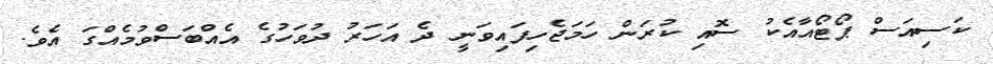
ކަސިއަސް ޕޯޓޯއާއެކު ސޮއި ކުރަން ހަމަޖެހިފައިވަނީ ދެ އަހަރު ދުވަހުގެ އެއްބަސްވުމެއްގަ އެވެ.